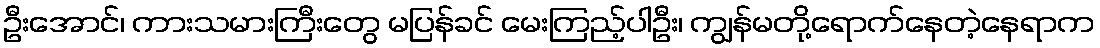
ဦးအောင်၊ ကားသမားကြီးတွေ မပြန်ခင် မေးကြည့်ပါဦး၊ ကျွန်မတို့ရောက်နေတဲ့နေရာက